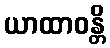
ယာထာဝန္တိ